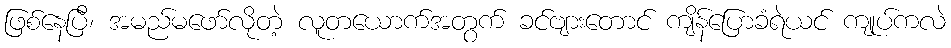
ဖြစ်နေပြီ၊ အမည်မဖော်လိုတဲ့ လူတယောက်အတွက် ခင်ဗျားတောင် ကျိန်ပြောခံရဲယင် ကျုပ်ကလဲ